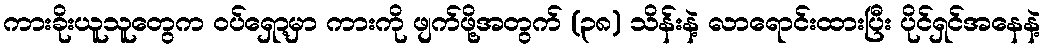
ကားခိုးယူသူတွေက ဝပ်ရှော့မှာ ကားကို ဖျက်ဖို့အတွက် (၃၈) သိန်းနဲ့ လာရောင်းထားပြီး ပိုင်ရှင်အနေနဲ့